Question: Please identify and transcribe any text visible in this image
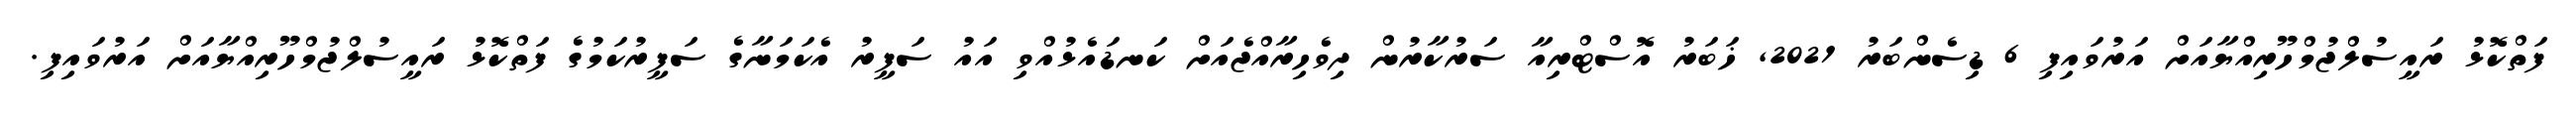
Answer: ފަތްކޮޅު ރައީސުލްޖުމްހޫރިއްޔާއަށް އަރުވައިފި 6 ޑިސެންބަރު 2021, ޚަބަރު އޮސްޓްރިއާ ސަރުކާރުން ދިވެހިރާއްޖެއަށް ކަނޑައެޅުއްވި އައު ސަފީރު އެކަމަނާގެ ސަފީރުކަމުގެ ފަތްކޮޅު ރައީސުލްޖުމްހޫރިއްޔާއަށް އަރުވައިފި.